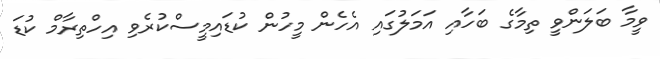
ވީމާ ބަލަންވީ ތިމާގެ ބަހާއި އަމަލުގައި އެހެން މީހުން ކުޑައިމީސްކުރެވި އިހްތިރާމް ކުޑަ